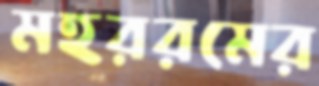
মহররমের